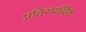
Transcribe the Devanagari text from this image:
प्रतिस्पर्धिक